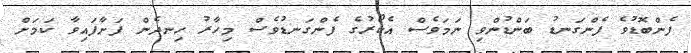
ފެންބޮޑުވެ ފެންގަނޑު ބަންޑުންވި ނަމަވެސް އެކޯރުގެ ފެންގަނޑުވެސް މިހާރު ހިނދެން ފަށާފައިވާ ކަމަށް